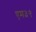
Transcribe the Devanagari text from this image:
एम३९